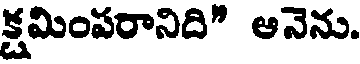
క్షమింపరానిది" ఆనెను.